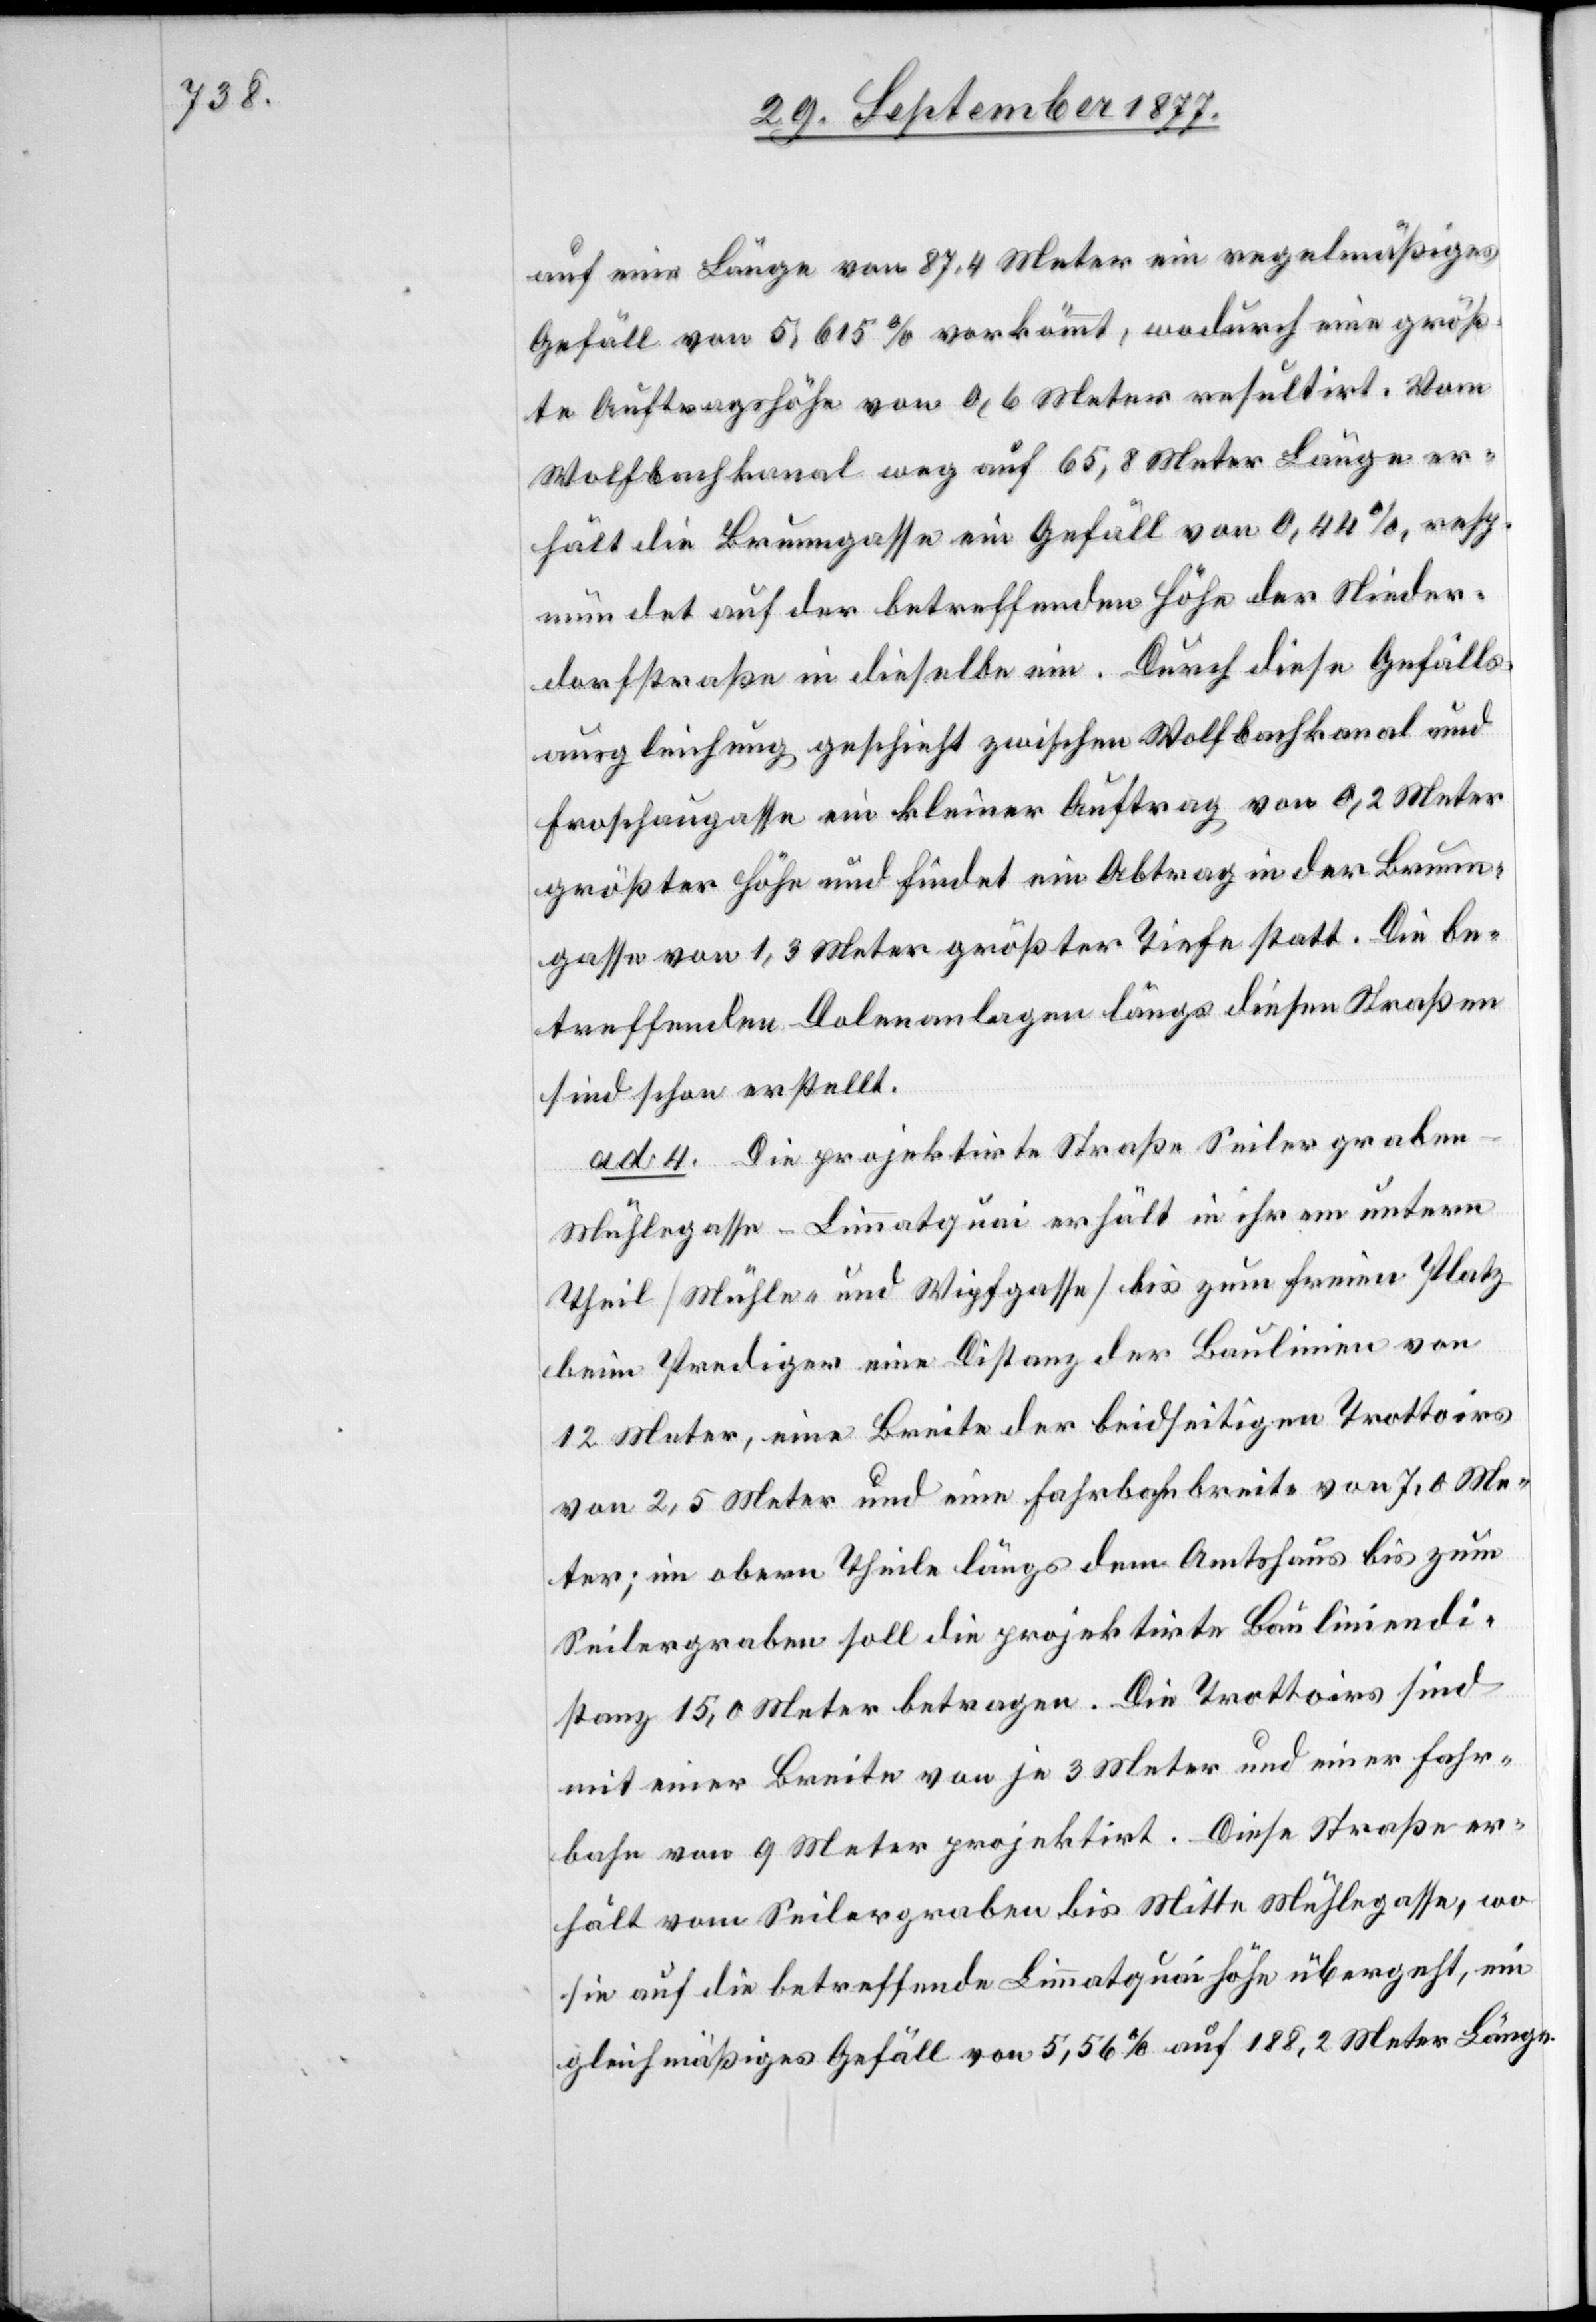
auf eine Länge von 87,4 Meter ein regelmäßiges
Gefäll von 5,615 % vorkömmt, wodurch eine größ¬
te Auftragshöhe von 0,6 Meter resultirt. Vom
Wolfbachkanal weg auf 65,8 Meter Länge er¬
hält die Brunngasse ein Gefäll von 0,44 %, resp.
mündet auf der betreffenden Höhe der Nieder¬
dorfstraße in dieselbe ein. Durch diese Gefälls¬
ausgleichung geschieht zwischen Wolfbachkanal und
Froschaugasse ein kleiner Auftrag von 0,2 Meter
größter Höhe und findet ein Abtrag in der Brunn¬
gasse von 1,3 Meter größter Tiefe statt. Die be¬
treffenden Dolenanlagen längs diesen Straßen
sind schon erstellt.
ad 4. Die projektirte Straße Seilergraben–M¬
ühlegasse–Limmatquai erhält in ihrem untern
Theil [Mühle- und Wipfgasse] bis zum freien Platz
beim Prediger eine Distanz der Baulinien von
12 Meter, eine Breite der beidseitigen Trottoirs
von 2,5 Meter und eine Fahrbahnbreite von 7,0 Me¬
ter; im obern Theile längs dem Amtshaus bis zum
Seilergraben soll die projektirte Bauliniendi¬
stanz 15,0 Meter betragen. Die Trottoirs sind
mit einer Breite von je 3 Meter und einer Fahr¬
bahn von 9 Meter projektirt. Diese Straße er¬
hält vom Seilergraben bis Mitte Mühlegasse, wo
sie auf die betreffende Limmatquaihöhe übergeht, ein
gleichmäßiges Gefäll von 5,56 % auf 188,2 Meter Länge.